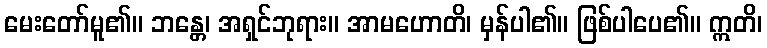
မေးတော်မူ၏။ ဘန္တေ၊ အရှင်ဘုရား။ အာမဟောတိ၊ မှန်ပါ၏။ ဖြစ်ပါပေ၏။ ဣတိ၊